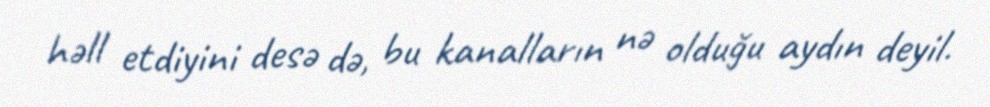
həll etdiyini desə də, bu kanalların nə olduğu aydın deyil.